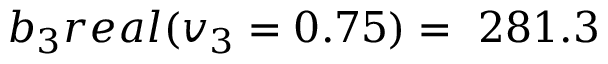
b _ { 3 } r e a l ( v _ { 3 } = 0 . 7 5 ) = \ 2 8 1 . 3